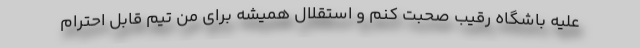
علیه باشگاه رقیب صحبت کنم و استقلال همیشه برای من تیم قابل احترام